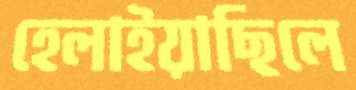
হেলাইয়াছিলে